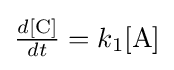
{\tfrac {d[{\ce {C}}]}{dt}}=k_{1}[{\ce {A}}]